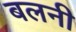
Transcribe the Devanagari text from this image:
बलनी